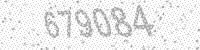
Solution: 679084